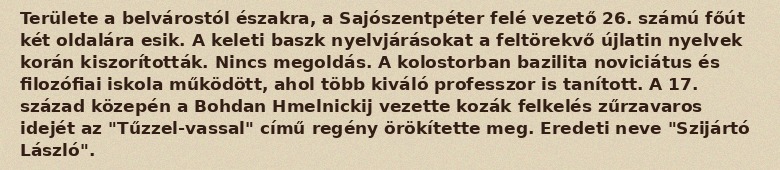
Területe a belvárostól északra, a Sajószentpéter felé vezető 26. számú főút két oldalára esik. A keleti baszk nyelvjárásokat a feltörekvő újlatin nyelvek korán kiszorították. Nincs megoldás. A kolostorban bazilita noviciátus és filozófiai iskola működött, ahol több kiváló professzor is tanított. A 17. század közepén a Bohdan Hmelnickij vezette kozák felkelés zűrzavaros idejét az "Tűzzel-vassal" című regény örökítette meg. Eredeti neve "Szijártó László".